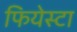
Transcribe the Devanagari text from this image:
फियेस्टा